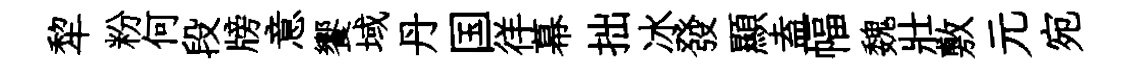
犂粉何段牓意饗域丹国徉幕拙冰發顯盍幅魏壯敷元宛